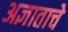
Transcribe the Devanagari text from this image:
अज्ञाताचे